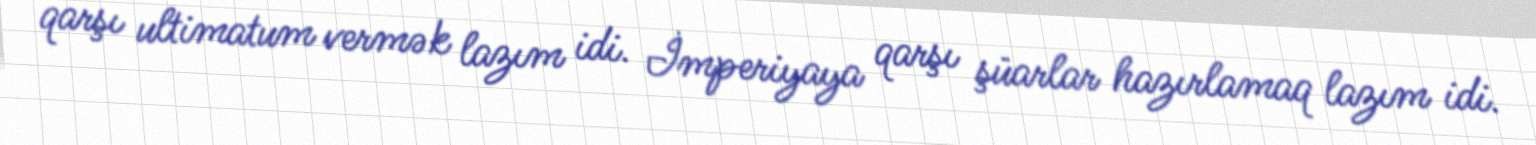
qarşı ultimatum vermək lazım idi. İmperiyaya qarşı şüarlar hazırlamaq lazım idi.